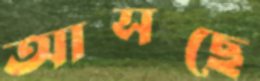
আসছে